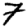
Digit: 7